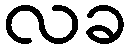
လခ